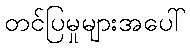
တင်ပြမှုများအပေါ်